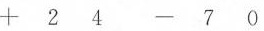
+ 2 4 - 7 0